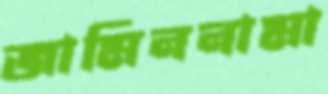
জামিননামা